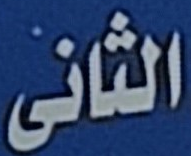
الثانى